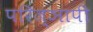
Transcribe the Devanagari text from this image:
परिज्ञापी